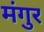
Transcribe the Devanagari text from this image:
मंगुर